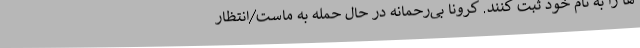
ها را به نام خود ثبت کنند. کرونا بی‌رحمانه در حال حمله به ماست/انتظار